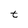
Character: t